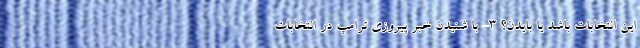
این انتخابات باشد یا بایدن؟ 3- با شنیدن خبر پیروزی ترامپ در انتخابات